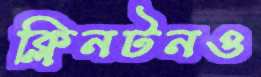
ক্লিনটনও